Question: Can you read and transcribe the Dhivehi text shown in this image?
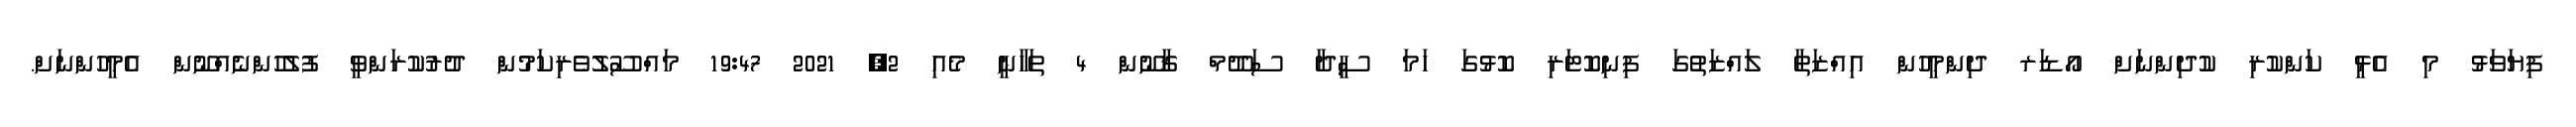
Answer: ފިޔަވަޅު މި އެޅީ ކަންކުރި ކުދިންނަށް އޯޑަރ ދިންމީހުން އިއްޒަތާ ލައްޒަތުގަ ފިނިކޮޓަރި ކޮޅުގަ ހަމަ ސީދާ ސަދޫމް ޤާނޫން 4 ތަހާނީ މެއި 2, 2021 19:47 މައްސޫލުވެރިކަމުން ދުރުކުރަންވީ ފުލުހުންނެއްނޫން އެމީހުންނަށް.